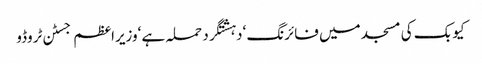
کیوبک کی مسجد میں فائرنگ ‘دہشتگرد حملہ ہے ‘وزیراعظم جسٹن ٹروڈو